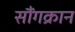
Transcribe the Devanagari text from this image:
सौंगक्रान